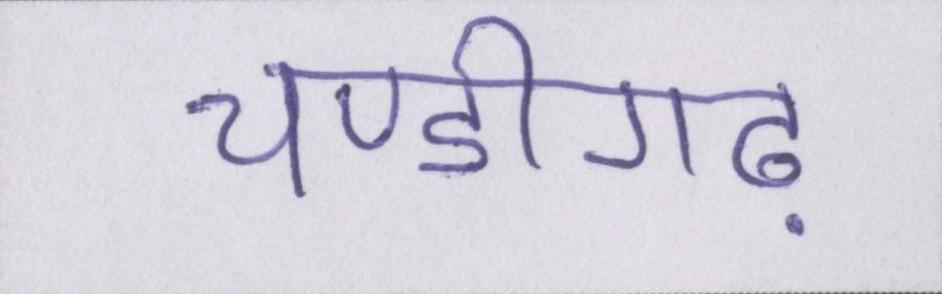
चण्डीगढ़